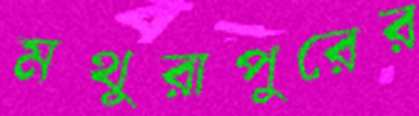
মথুরাপুরের